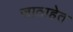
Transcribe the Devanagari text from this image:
जाताहेत